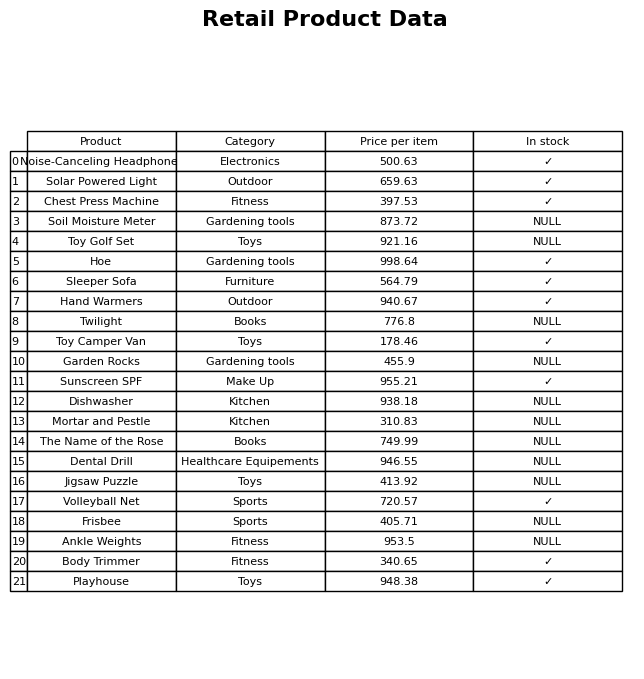
question: Is the Sunscreen SPF in stock?
answer: ✓